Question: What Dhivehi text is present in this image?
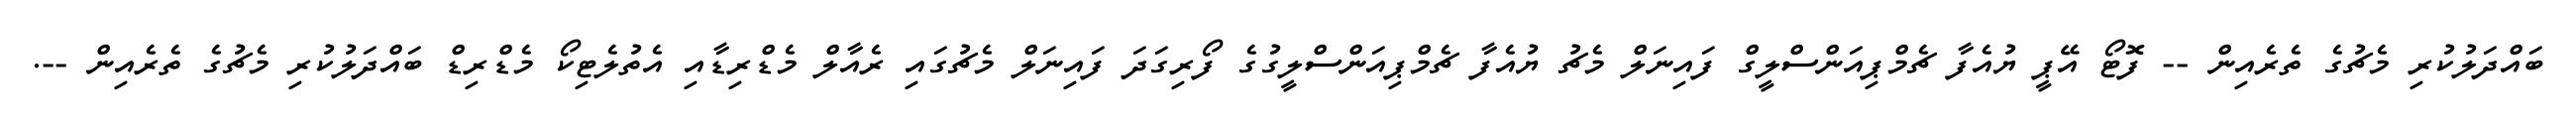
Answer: ބައްދަލުކުރި މެޗުގެ ތެރެއިން -- ފޮޓޯ އޭޕީ ޔުއެފާ ޗެމްޕިއަންސްލީގް ފައިނަލް މެޗު ޔުއެފާ ޗެމްޕިއަންސްލީގުގެ ފޯރިގަދަ ފައިނަލް މެޗުގައި ރެއާލް މެޑްރިޑާއި އެތުލެޓިކޯ މެޑްރިޑް ބައްދަލުކުރި މެޗުގެ ތެރެއިން --.